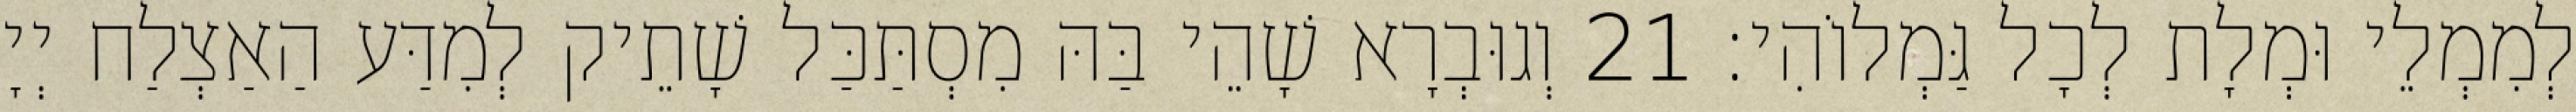
לְמִמְלֵי וּמְלָת לְכָל גַּמְלוֹהִי׃ 21 וְגוּבְרָא שָׁהֵי בַּהּ מִסְתַּכַּל שָׁתֵיק לְמִדַּע הַאַצְלַח יְיָ